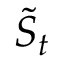
{ \tilde { S } } _ { t }